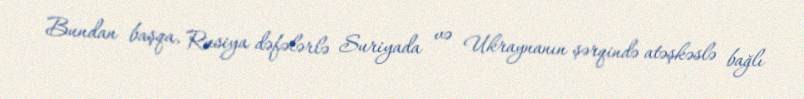
Bundan başqa, Rusiya dəfələrlə Suriyada və Ukraynanın şərqində atəşkəslə bağlı